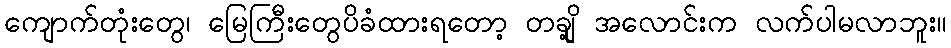
ကျောက်တုံးတွေ၊ မြေကြီးတွေပိခံထားရတော့ တချို့ အလောင်းက လက်ပါမလာဘူး။